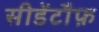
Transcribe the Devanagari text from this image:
सीडेंटौफ़